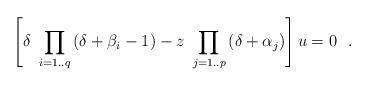
LaTeX: \begin{align*} \left[ \delta~\prod_{i=1..q}{(\delta+\beta_i-1)}-z~\prod_{j=1..p}{(\delta+\alpha_j)} \right]u=0~~.\end{align*}